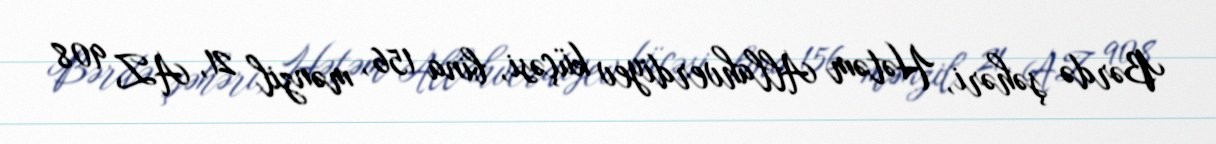
Bərdə şəhəri, Hətəm Allahverdiyev küçəsi, bina 156, mənzil 21, AZ 908